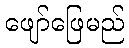
ဖျော်ဖြေမည်